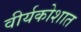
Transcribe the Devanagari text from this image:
वीर्यकोशात